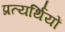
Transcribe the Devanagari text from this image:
प्रत्यर्थियों